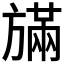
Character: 𪯿